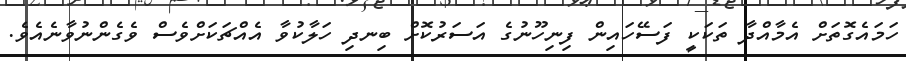
ހަމައެގޮތަށް އެމާއްދާ ތަކަކީ ފަސޭހައިން ފިނިހޫނުގެ އަސަރުކޮށް ބިނދި ހަލާކުވާ އެއްޗަކަށްވެސް ވެގެންނުވާނެއެވެ.